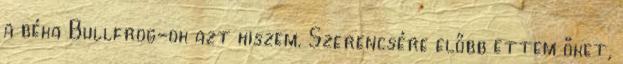
a béka Bullfrog-ok azt hiszem. Szerencsére előbb ettem őket,